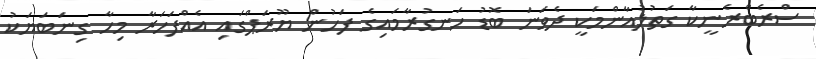
ސްރެބްރެނީކާ ގަތުލުއާންމަކީ ދެވަނަ ބޮޑު ހަނގުރާމައިގެ ފަހުން ޔޫރަޕްގައި އެއްފަހަރާ މިހާ ގިނަބަޔަކު